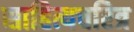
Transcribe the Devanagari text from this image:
साहित्यचरित्र